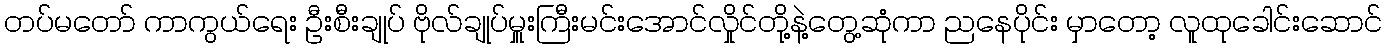
တပ်မတော် ကာကွယ်ရေး ဦးစီးချုပ် ဗိုလ်ချုပ်မှူးကြီးမင်းအောင်လှိုင်တို့နဲ့တွေ့ဆုံကာ ညနေပိုင်း မှာတော့ လူထုခေါင်းဆောင်